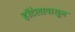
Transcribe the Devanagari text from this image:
हॉटेलापासून